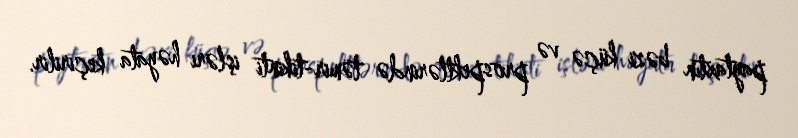
paytaxtın bəzi küçə və prospektlərində təmir-tikinti işləri həyata keçirilir.